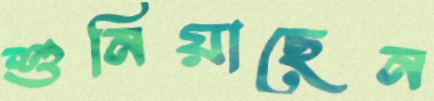
শুনিয়াছেন